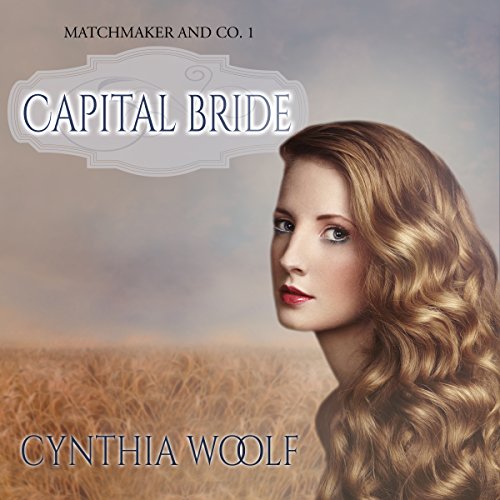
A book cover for Capital Bride: Matchmaker & Co. Book 1; Cynthia Woolf; Romance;